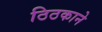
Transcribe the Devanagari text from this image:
ठिठकाने